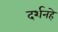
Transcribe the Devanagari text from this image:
दर्शनहे